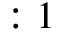
: 1